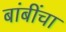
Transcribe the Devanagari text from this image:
बांबींचा